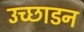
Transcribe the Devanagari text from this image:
उच्छाडन